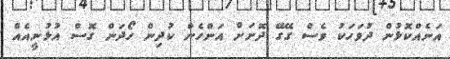
އަނެއްކޮޅުން ދުވަހަކު ވެސް ގޭގޭ ދޮށަށް އަންހެން ކުދިން ހޯދަން ގޮސް އުޅުނީއެއް